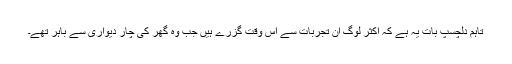
تاہم دلچسپ بات یہ ہے کہ اکثر لوگ ان تجربات سے اُس وقت گزرے ہیں جب وہ گھر کی چار دیواری سے باہر تھے۔